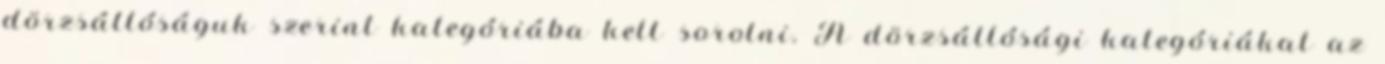
dörzsállóságuk szerint kategóriába kell sorolni. A dörzsállósági kategóriákat az